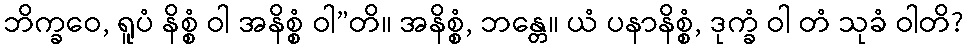
ဘိက္ခဝေ, ရူပံ နိစ္စံ ဝါ အနိစ္စံ ဝါ”တိ။ အနိစ္စံ, ဘန္တေ။ ယံ ပနာနိစ္စံ, ဒုက္ခံ ဝါ တံ သုခံ ဝါတိ?